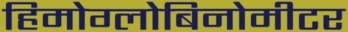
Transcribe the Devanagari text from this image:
हिमोग्लोबिनोमीटर